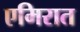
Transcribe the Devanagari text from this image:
एमिरात